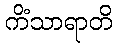
ကိံသာရာတိ